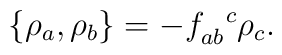
\{\rho_a, \rho_b\}=-f^{\ \ c}_{ab}\rho_c.